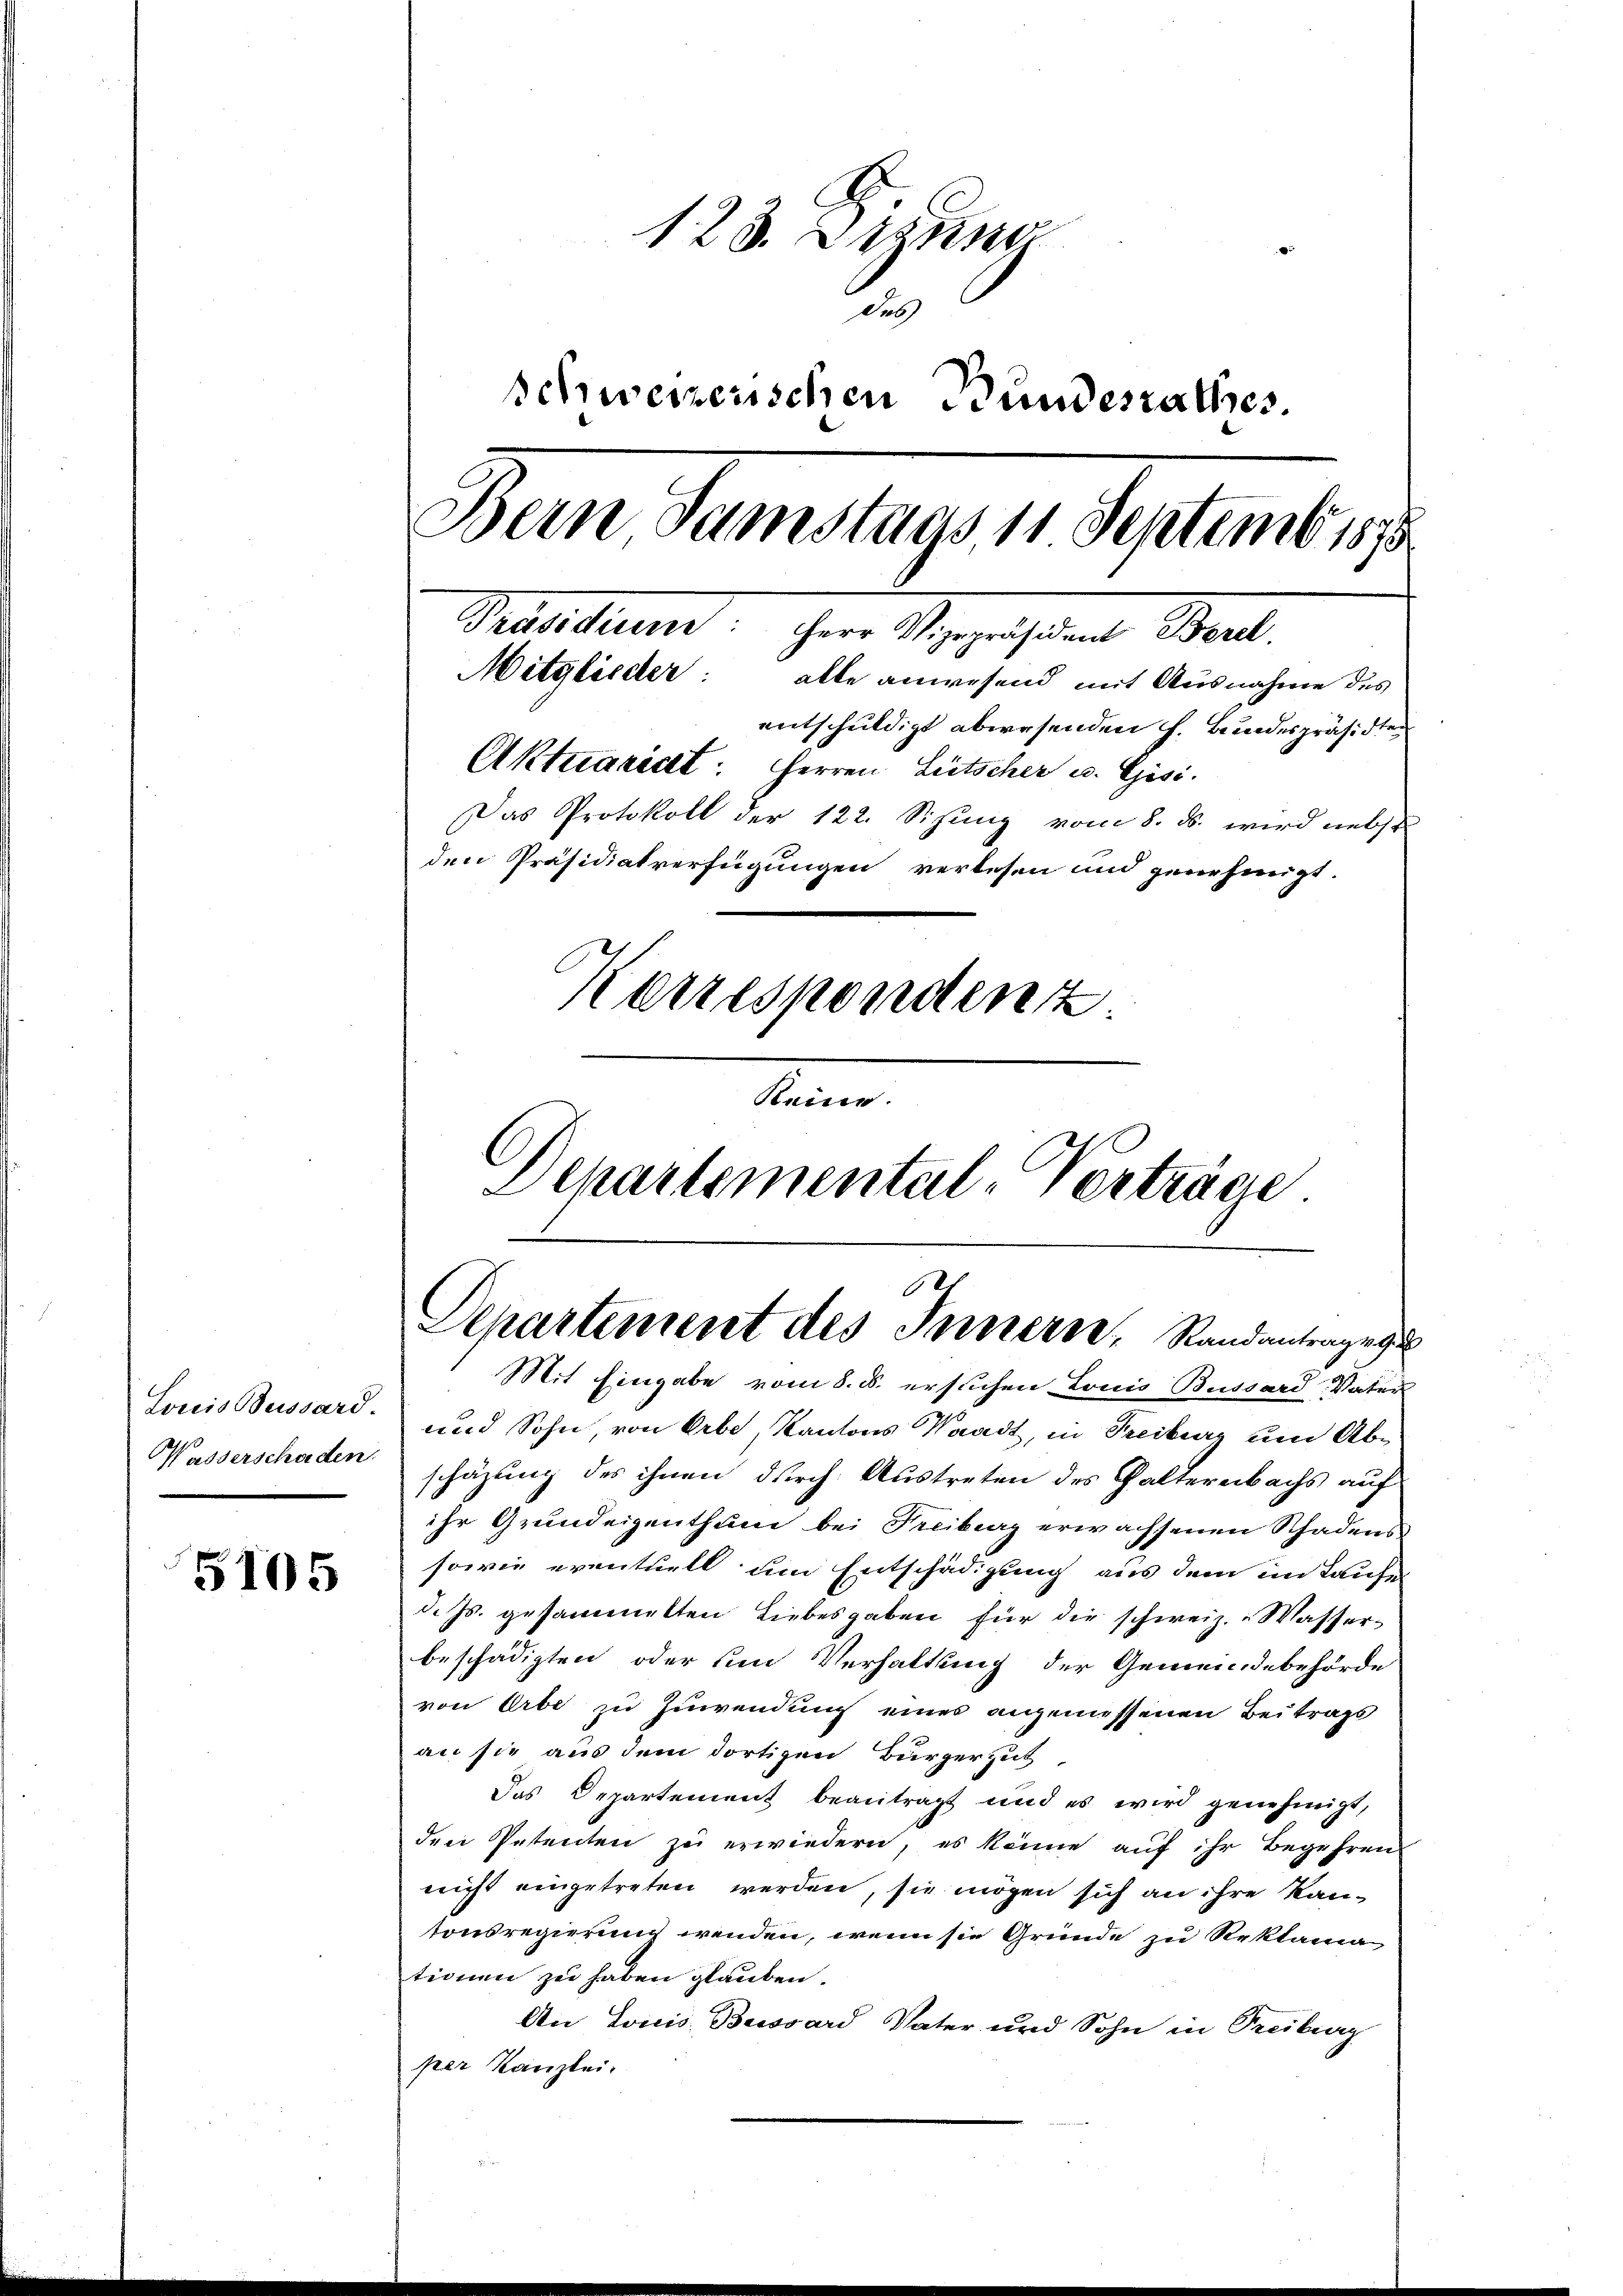
Louis Bussard.
Wasserschaden.

5105

123. Dezem
des
schweizerischen Bundesrathes.
.
Bern, Samstags 11. Septemb. 1878
Praesidium ihrer Magisten Bet
Mitglieder: alle anwesend mit Ausnahme des
entschuldigt abwesenden h. Bundespräsiden
Aktuaricht: Herren Litscher u. Gisi
Das Protokoll der 122. Sihung vom 8. ds. wird nebst
den Präsidiatverfügungen verlesen und genehmigt.
Kerrespondenz.
Reine.

Schartemental-Verträge
12
Departement des Innern, Standantrage g

Mit Eingabe vom 8. d. ersuchen Louis Bussard-Vater
und Sohn, von Erbe, Kantons Waadt, in Treiburg um Abschäzung des ihnen durch Austreten des Haltererbachs auf
ihr Grundeigenthum bei Freiburg erwachsenen Schadens
sowie eventuell um Entschädigung aus dem im Laufe
d. Js. gesammelten Liebesgaben für die schweiz. Wasser-
beschädigten oder um Verhaltung der Gemeindebehörde
von Erbe zu Zuwendung eines angemessenen Beitrags
an sie aus dem dortigen Bürgergut
Das Departement beantragt und es wird genehmigt,
den Petenten zu erwiedern, es könne auf ihr Begehrens
nicht eingetreten werden, sie mögen sich an ihre Kantonsregierung wenden, wenn sie Gründe zu Reklama
tionen zu haben glauben.
An Louis Buissard Vater und Sohn in Treiburg
per Kanzlei.